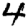
Digit: 4